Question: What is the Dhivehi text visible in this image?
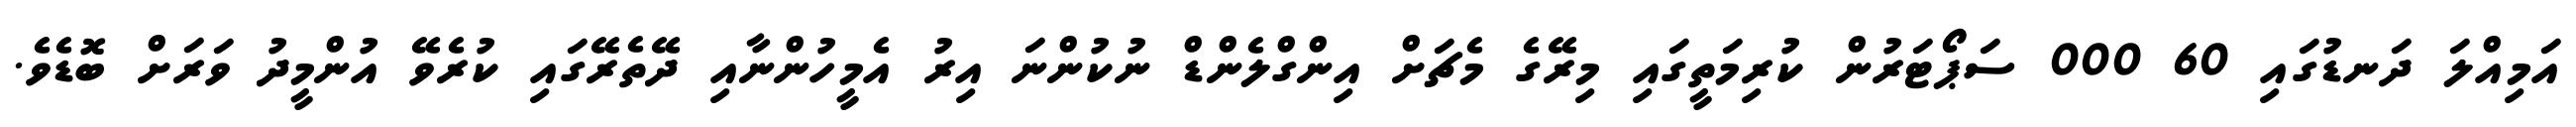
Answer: އަމިއްލަ ދަނޑުގައި 60 000 ސަޕޯޓަރުން ކުރިމަތީގައި މިރޭގެ މެޗަށް އިންގްލެންޑް ނުކުންނަ އިރު އެމީހުންނާއި ދޭތެރޭގައި ކުރެވޭ އުންމީދު ވަރަށް ބޮޑެވެ.